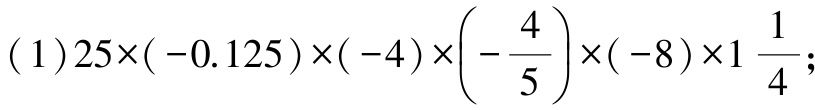
\((1)25\times(-0.125)\times(-4)\times\left(-\dfrac{4}{5}\right)\times(-8)\times1\dfrac{1}{4};\)